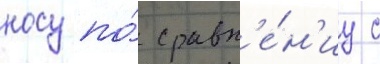
носу по́ сравн'е́н'иу с